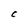
Character: C